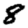
Digit: 8